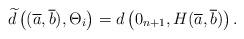
LaTeX: \begin{align*}\widetilde{d}\left( (\overline{a},\overline{b}),\Theta _{i}\right) =d\left(0_{n+1},H(\overline{a},\overline{b})\right) . \end{align*}